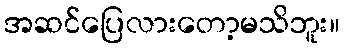
အဆင်ပြေလားတော့မသိဘူး။